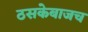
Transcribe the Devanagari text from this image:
ठसकेबाजच